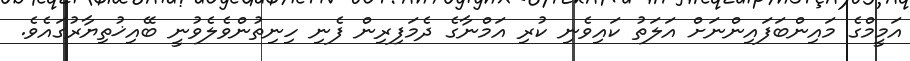
އަމީމްގެ މައިންބަފައިންނަށް އަލަތު ކައިވެނި ކުރި އަމްނާގެ ދެމަފިރިން ފެނި ހިނިތުންވެލެވުނީ ބޭއިޚުތިޔާރުގައެވެ.